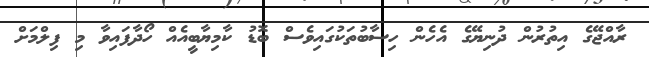
ރާއްޖޭގެ އިތުރުން ދުނިޔޭގެ އެހެން ހިސާބުތަކުގައިވެސް ބޮޑު ކާމިޔާބީއެއް ހޯދާފައިވާ މި ފިލްމަށް